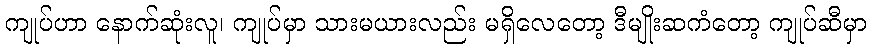
ကျုပ်ဟာ နောက်ဆုံးလူ၊ ကျုပ်မှာ သားမယားလည်း မရှိလေတော့ ဒီမျိုးဆကံတော့ ကျုပ်ဆီမှာ